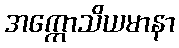
အက္ကောသိယမာနာ